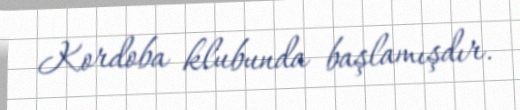
Kordoba klubunda başlamışdır.